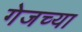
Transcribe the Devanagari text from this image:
गेजच्या